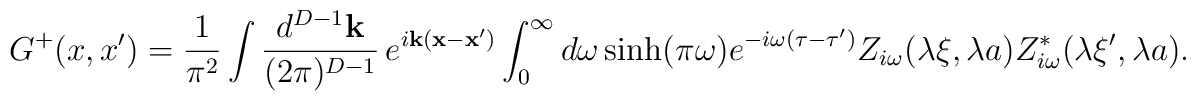
G^{+}(x,x')= \frac{1}{\pi ^2}\int \frac{d^{D-1}{\mathbf k}}{(2\pi )^{D-1}}\,e^{i{\mathbf k}({\mathbf x}-{\mathbf x'})}\int_{0}^{\infty }d\omega \sinh (\pi\omega ) e^{-i\omega (\tau -\tau ')}Z_{i\omega }(\lambda \xi ,\lambda a)Z_{i\omega }^{*}(\lambda \xi ',\lambda a) .